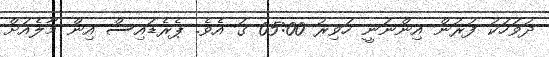
ދުވަހަކު ފުރުން އިންނަނީ ހަވިރު 05:00 ގަ އެވެ. ޕެރެޑައިސް އިން މާލެއަށް